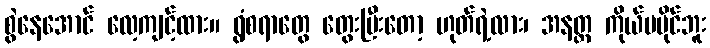
စွဲနေအောင် လေ့ကျင့်ထား။ ရွံစရာတွေ တွေးပြီးတော့ ဟုတ်ရဲ့လား၊ အနတ္တ ကိုယ်မပိုင်ဘူး